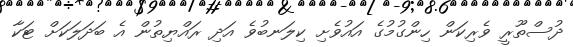
ދުސްތޫރީ ވެރިކަން ހިންގުމުގެ އައުވެށި ކިލަނބުވެ އަދި ރައްޔިތުން އެ ބަދަލަކަށް ޓަކާ